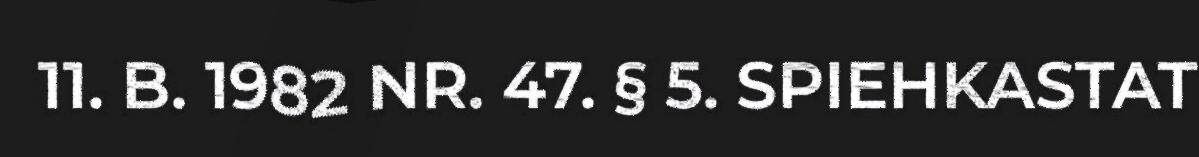
11. B. 1982 NR. 47. § 5. SPIEHKASTAT